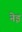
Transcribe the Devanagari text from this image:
नेइ